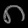
Digit: ၈